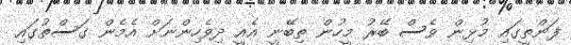
ފަންތީގައި މުޅިން ވެސް ބޭރު މީހުން ތިބޭނީ އެއީ ދިވެހިންނަށް އެމެން ގަސްތުގައި